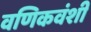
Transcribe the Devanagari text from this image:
वणिकवंशी